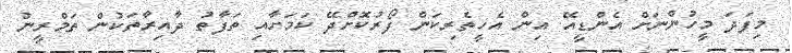
މިފަދަ މީހުންނަށް އެންޑީއޭ އިން އެހީތެރިކަން ފޯރުކޮށްދޭ ކަމަށާއި ތަފާތު ދާއިރާތަކުން ތަމްރީނު